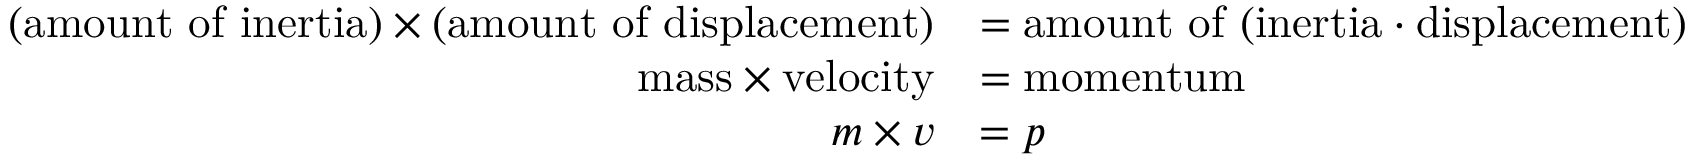
{ \begin{array} { r l } { ( { \mathrm { a m o u n t ~ o f ~ i n e r t i a } } ) \times ( { \mathrm { a m o u n t ~ o f ~ d i s p l a c e m e n t } } ) } & { = { \mathrm { a m o u n t ~ o f ~ ( i n e r t i a ⋅ d i s p l a c e m e n t ) } } } \\ { { \mathrm { m a s s } } \times { \mathrm { v e l o c i t y } } } & { = { \mathrm { m o m e n t u m } } } \\ { m \times v } & { = p } \end{array} }